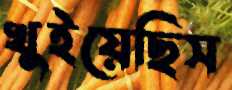
খুইয়েছিস